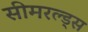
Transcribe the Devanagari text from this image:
सीमरल्ड्स